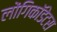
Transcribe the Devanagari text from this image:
लोंगिकॉडेटस